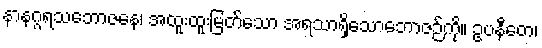
နာနဂ္ဂရသဘောဇနေ၊ အထူးထူးမြတ်သော အရသာရှိသောဘောဇဉ်ကို။ ဥပနီတေ၊